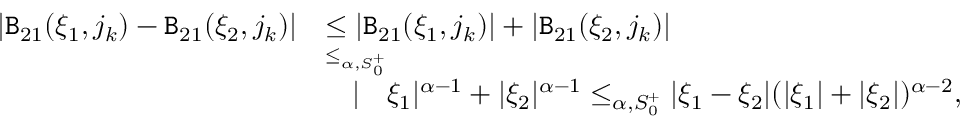
\begin{array} { r l } { | \mathtt { B } _ { 2 1 } ( \xi _ { 1 } , j _ { k } ) - \mathtt { B } _ { 2 1 } ( \xi _ { 2 } , j _ { k } ) | } & { \le | \mathtt { B } _ { 2 1 } ( \xi _ { 1 } , j _ { k } ) | + | \mathtt { B } _ { 2 1 } ( \xi _ { 2 } , j _ { k } ) | } \\ & { \overset { \le _ { \alpha , S _ { 0 } ^ { + } } } | \xi _ { 1 } | ^ { \alpha - 1 } + | \xi _ { 2 } | ^ { \alpha - 1 } \le _ { \alpha , S _ { 0 } ^ { + } } | \xi _ { 1 } - \xi _ { 2 } | ( | \xi _ { 1 } | + | \xi _ { 2 } | ) ^ { \alpha - 2 } , } \end{array}